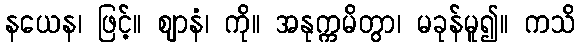
နယေန၊ ဖြင့်။ ဈာနံ၊ ကို။ အနုက္ကမိတွာ၊ မခုန်မူ၍။ ကသိ